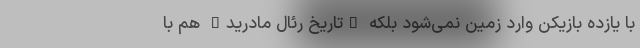
با یازده بازیکن وارد زمین نمی‌شود بلکه "تاریخ رئال مادرید" هم با